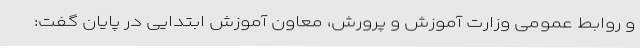
و روابط عمومی وزارت آموزش‌ و پرورش، معاون آموزش ابتدایی در پایان گفت: